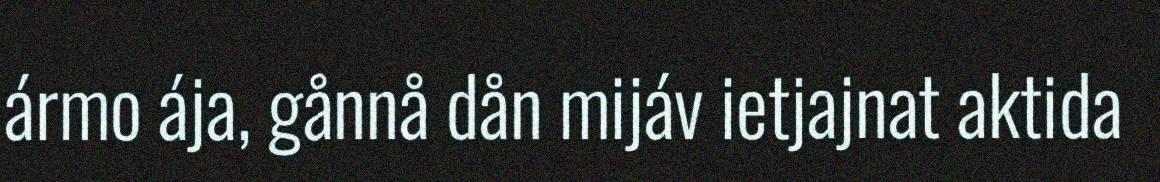
ármo ája, gånnå dån mijáv ietjajnat aktida